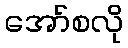
အော်စလို